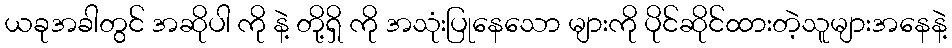
ယခုအခါတွင် အဆိုပါ ကို နဲ့ တို့ရှိ ကို အသုံးပြုနေသော များကို ပိုင်ဆိုင်ထားတဲ့သူများအနေနဲ့